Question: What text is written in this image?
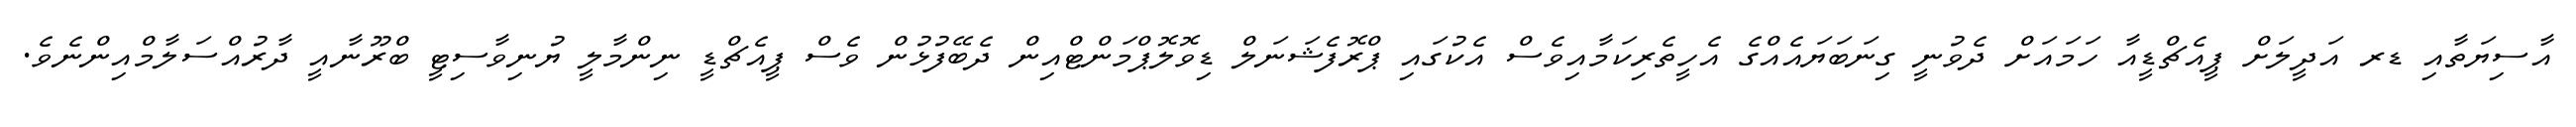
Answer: އާސިޔަތާއި ޑރ އަދީލަށް ޕީއެޗްޑީއާ ހަމައަށް ދެވުނީ ގިނަބަޔައެއްގެ އެހީތެރިކަމާއިވެސް އެކުގައި ޕްރޮފެޝަނަލް ޑިވޮލޮޕްމަންޓްއިން ދެބޭފުޅުން ވެސް ޕީއެޗްޑީ ނިންމާލީ ޔުނިވާސިޓީ ބްރޫނާއީ ދާރުއްސަލާމްއިންނެވެ.